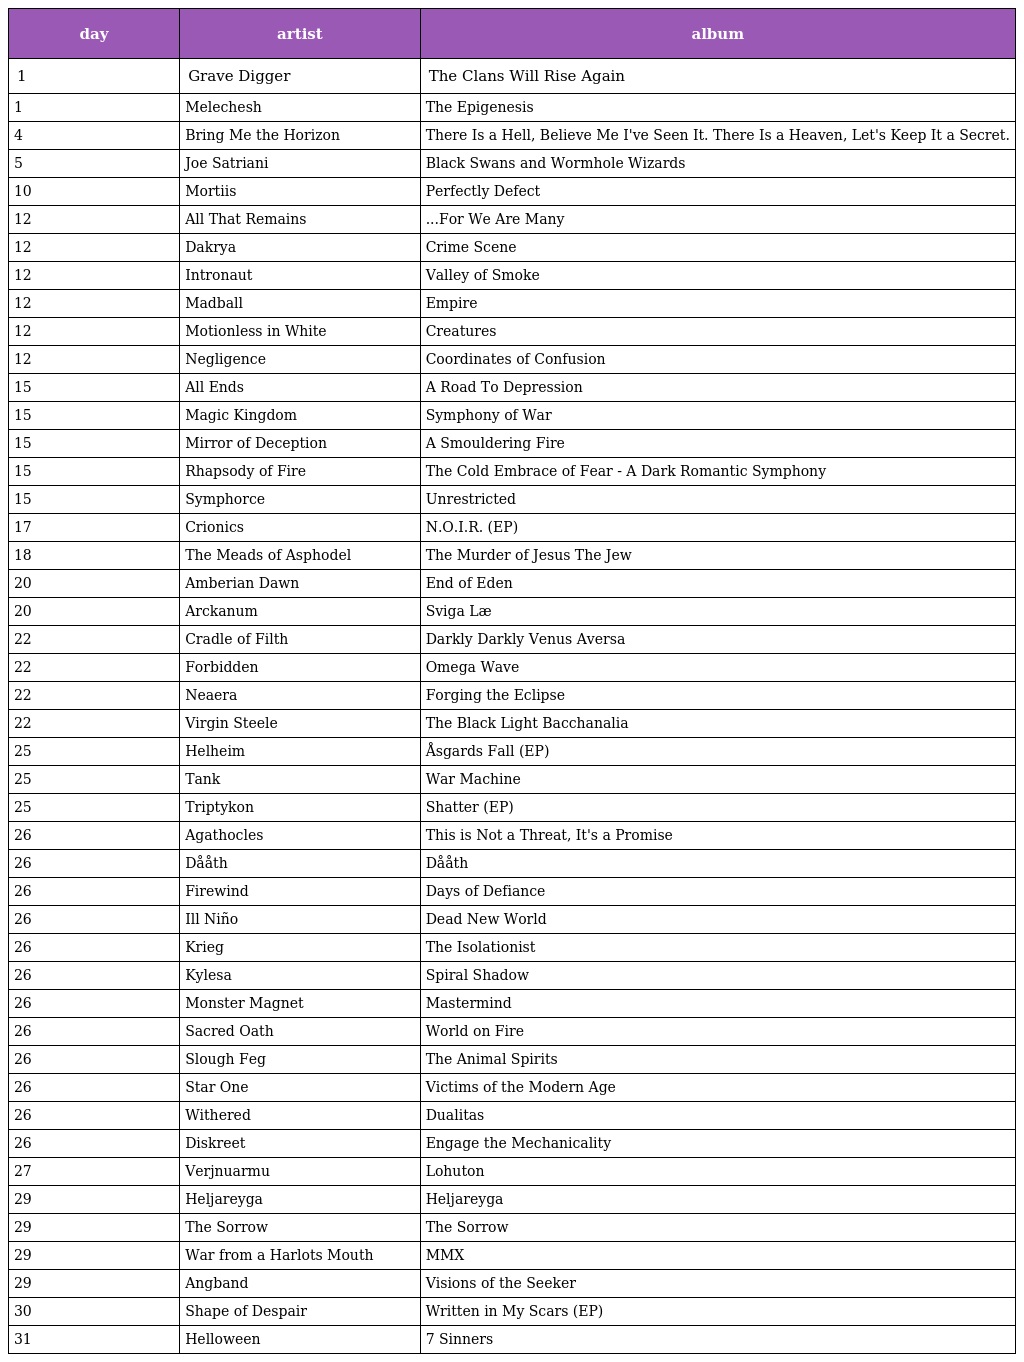
| day | artist | album |
 | --- | --- | --- |
 | 1 | Grave Digger | The Clans Will Rise Again |
 | 1 | Melechesh | The Epigenesis |
 | 4 | Bring Me the Horizon | There Is a Hell, Believe Me I've Seen It. There Is a Heaven, Let's Keep It a Secret. |
 | 5 | Joe Satriani | Black Swans and Wormhole Wizards |
 | 10 | Mortiis | Perfectly Defect |
 | 12 | All That Remains | ...For We Are Many |
 | 12 | Dakrya | Crime Scene |
 | 12 | Intronaut | Valley of Smoke |
 | 12 | Madball | Empire |
 | 12 | Motionless in White | Creatures |
 | 12 | Negligence | Coordinates of Confusion |
 | 15 | All Ends | A Road To Depression |
 | 15 | Magic Kingdom | Symphony of War |
 | 15 | Mirror of Deception | A Smouldering Fire |
 | 15 | Rhapsody of Fire | The Cold Embrace of Fear - A Dark Romantic Symphony |
 | 15 | Symphorce | Unrestricted |
 | 17 | Crionics | N.O.I.R. (EP) |
 | 18 | The Meads of Asphodel | The Murder of Jesus The Jew |
 | 20 | Amberian Dawn | End of Eden |
 | 20 | Arckanum | Sviga Læ |
 | 22 | Cradle of Filth | Darkly Darkly Venus Aversa |
 | 22 | Forbidden | Omega Wave |
 | 22 | Neaera | Forging the Eclipse |
 | 22 | Virgin Steele | The Black Light Bacchanalia |
 | 25 | Helheim | Åsgards Fall (EP) |
 | 25 | Tank | War Machine |
 | 25 | Triptykon | Shatter (EP) |
 | 26 | Agathocles | This is Not a Threat, It's a Promise |
 | 26 | Dååth | Dååth |
 | 26 | Firewind | Days of Defiance |
 | 26 | Ill Niño | Dead New World |
 | 26 | Krieg | The Isolationist |
 | 26 | Kylesa | Spiral Shadow |
 | 26 | Monster Magnet | Mastermind |
 | 26 | Sacred Oath | World on Fire |
 | 26 | Slough Feg | The Animal Spirits |
 | 26 | Star One | Victims of the Modern Age |
 | 26 | Withered | Dualitas |
 | 26 | Diskreet | Engage the Mechanicality |
 | 27 | Verjnuarmu | Lohuton |
 | 29 | Heljareyga | Heljareyga |
 | 29 | The Sorrow | The Sorrow |
 | 29 | War from a Harlots Mouth | MMX |
 | 29 | Angband | Visions of the Seeker |
 | 30 | Shape of Despair | Written in My Scars (EP) |
 | 31 | Helloween | 7 Sinners |